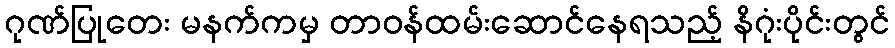
ဂုဏ်ပြုတေး မနက်ကမှ တာဝန်ထမ်းဆောင်နေရသည့် နိဂုံးပိုင်းတွင်